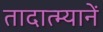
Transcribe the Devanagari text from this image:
तादात्म्यानें